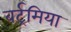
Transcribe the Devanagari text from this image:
बर्ट्रमिया